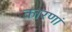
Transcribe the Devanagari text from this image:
कारणां